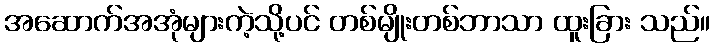
အဆောက်အအုံများကဲ့သို့ပင် တစ်မျိုးတစ်ဘာသာ ထူးခြား သည်။